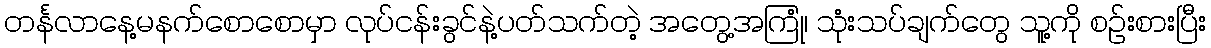
တင်္နလာနေ့မနက်စောစောမှာ လုပ်ငန်းခွင်နဲ့ပတ်သက်တဲ့ အတွေ့အကြုံ၊ သုံးသပ်ချက်တွေ သူ့ကို စဉ်းစားပြီး